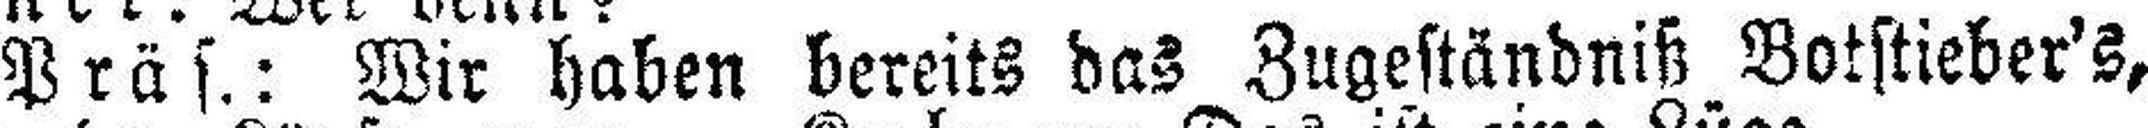
Präs.: Wir haben bereits das Zugeständniß Botstieber's,